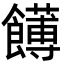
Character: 𩟛